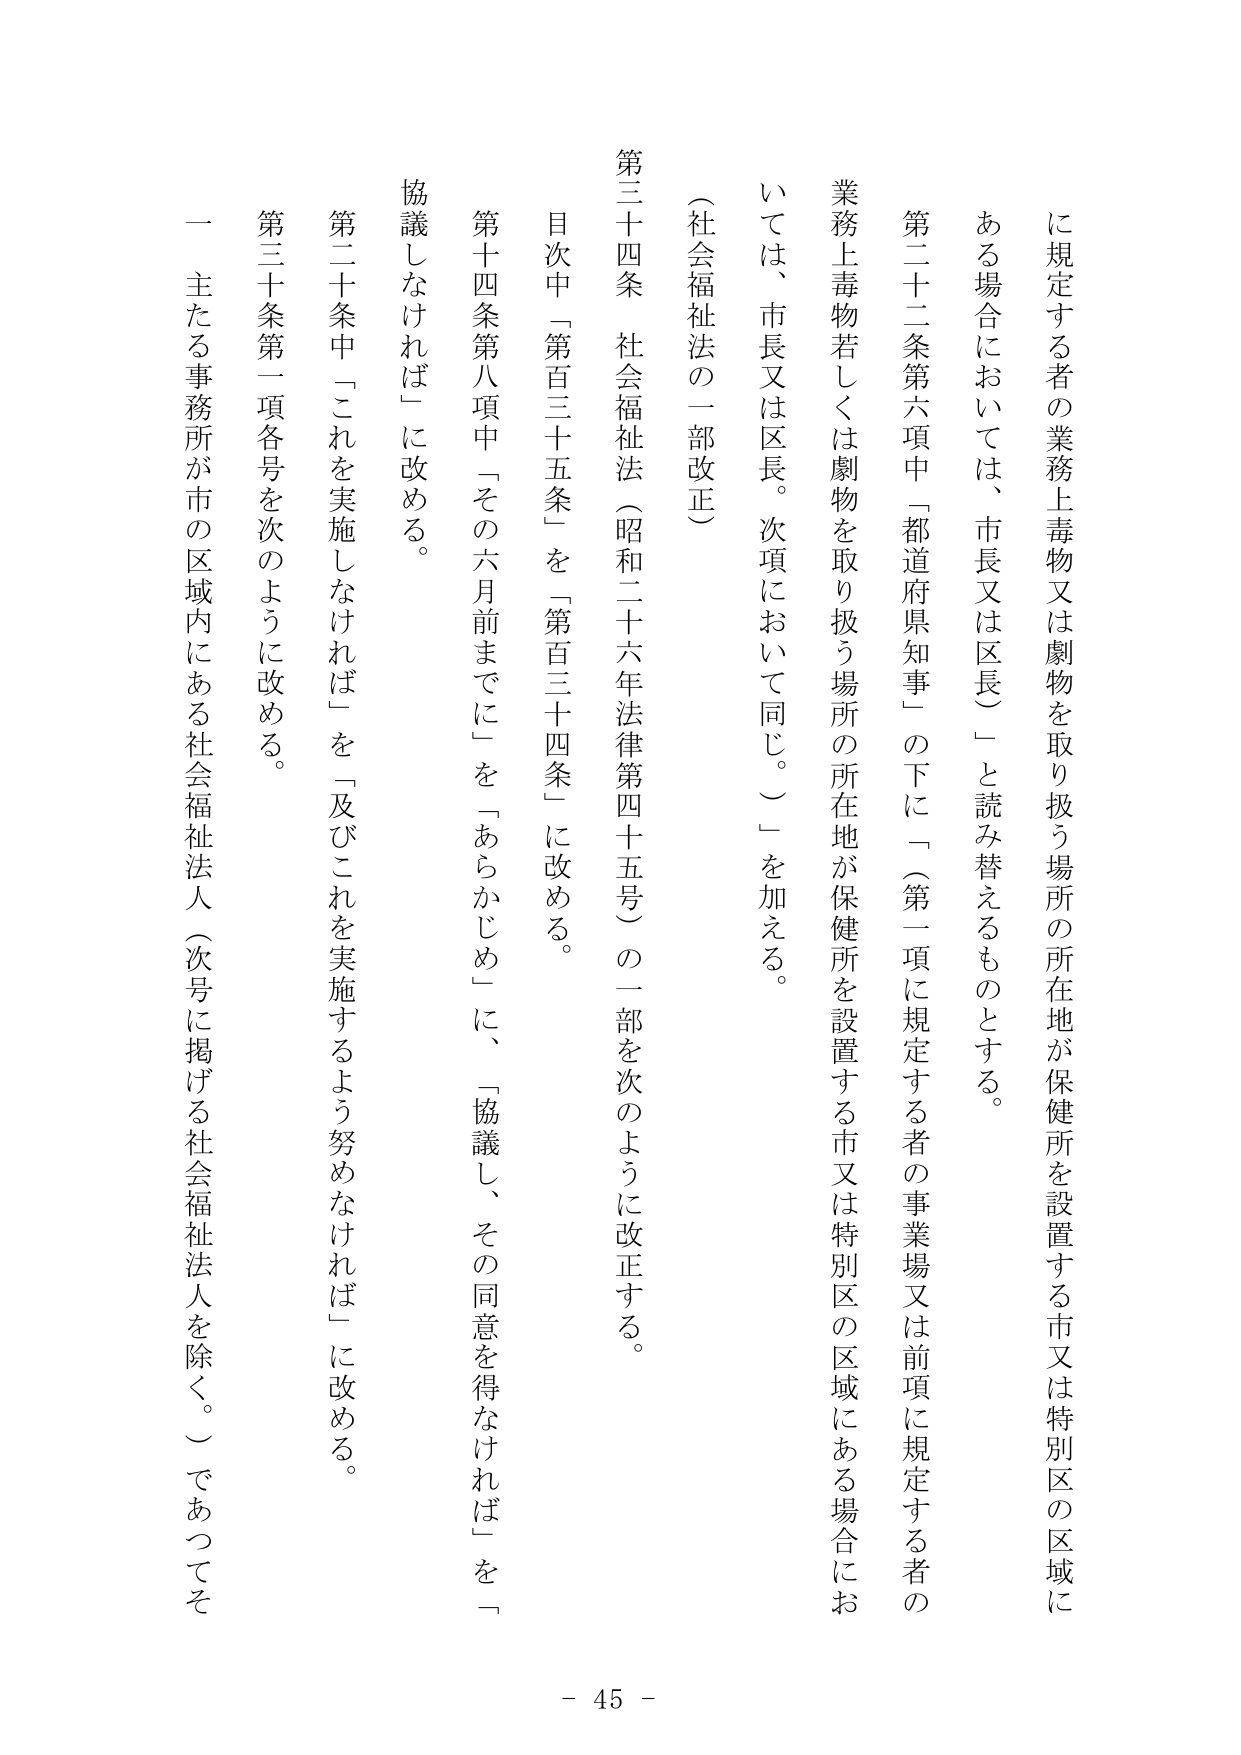
に規定する者の業務上毒物又は劇物を取り扱う場所の所在地が保健所を設置する市又は特別区の区域にある場合においては、市長又は区長）」と読み替えるものとする。

第二十二条第六項中「都道府県知事」の下に「（第一項に規定する者の事業場又は前項に規定する者の業務上毒物若しくは劇物を取り扱う場所の所在地が保健所を設置する市又は特別区の区域にある場合においては、市長又は区長。次項において同じ。）」を加える。

（社会福祉法の一部改正）

第三十四条　社会福祉法（昭和二十六年法律第四十五号）の一部を次のように改正する。

目次中「第百三十五条」を「第百三十四条」に改める。

第十四条第八項中「その六月前までに」を「あらかじめ」に、「協議し、その同意を得なければ」を「協議しなければ」に改める。

第二十条中「これを実施しなければ」を「及びこれを実施するよう努めなければ」に改める。

第三十条第一項各号を次のように改める。

一　主たる事務所が市の区域内にある社会福祉法人（次号に掲げる社会福祉法人を除く。）であってそ

- 45 -